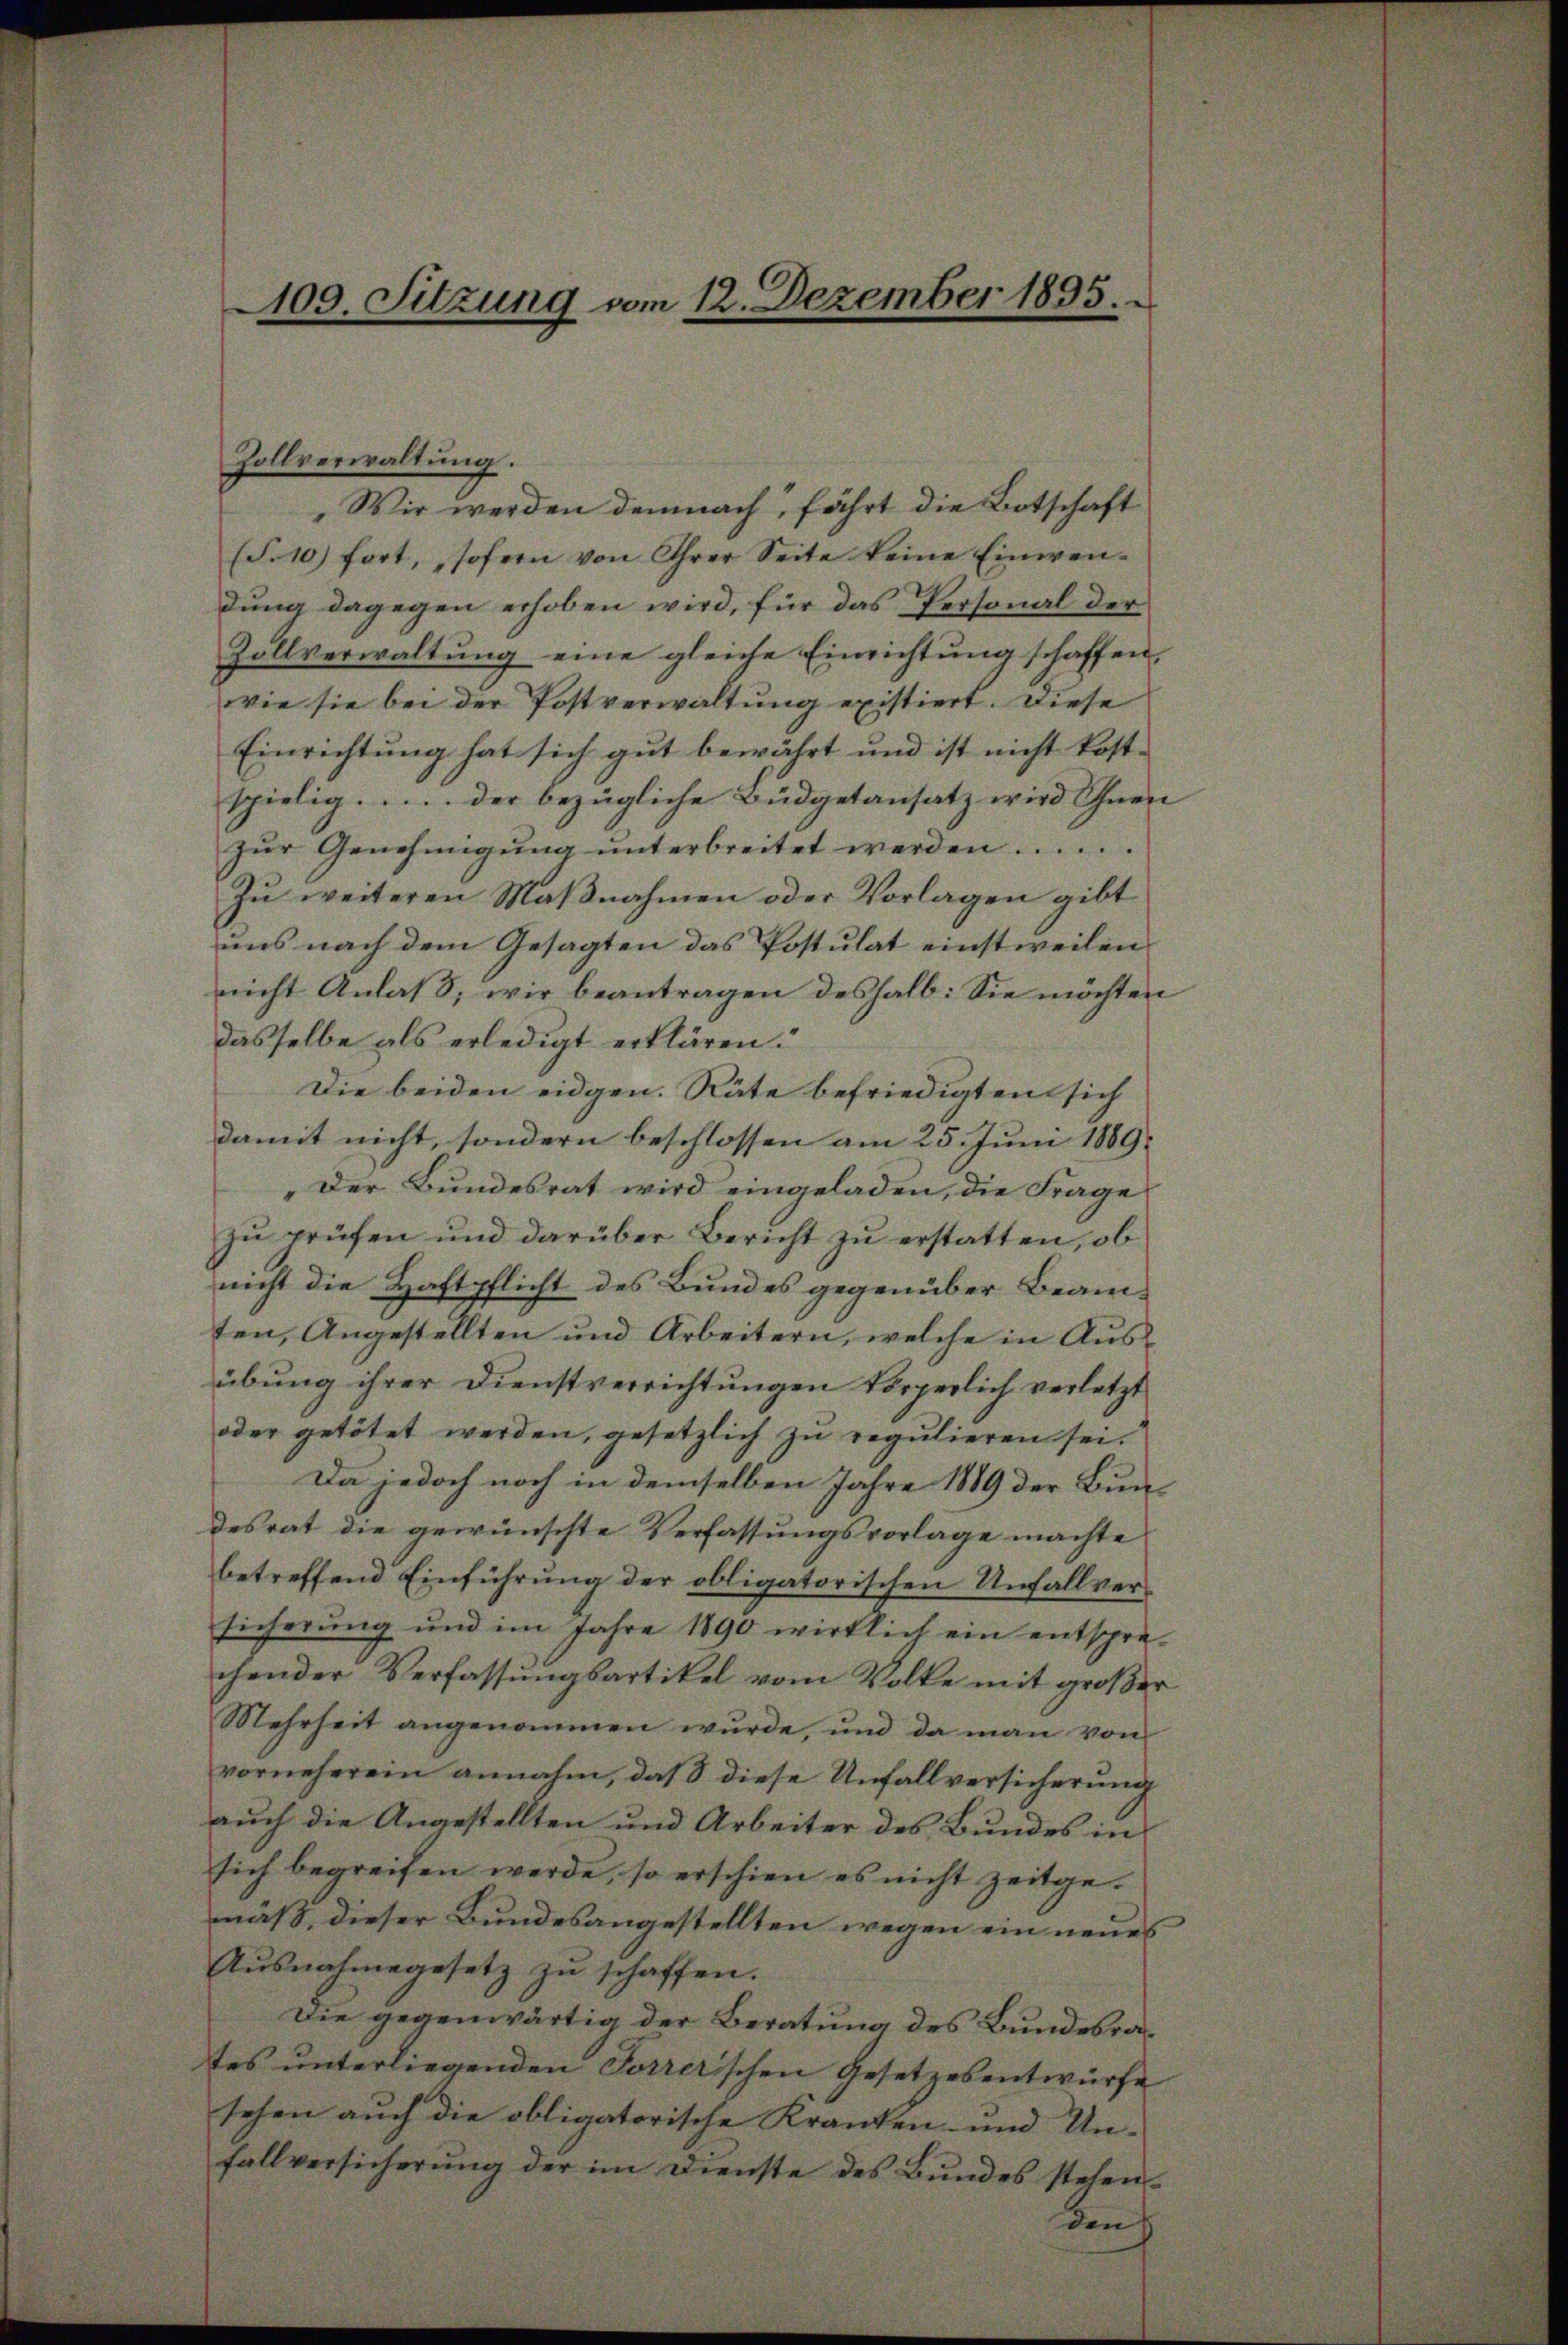
Zollverwaltung.
Wir werden demnach, fährt die Botschaft
(S.10) fort, sofern von Ihrer Seite keine Einwen-
dung dagegen erhoben wird, für das Personal der
Zollverwaltung eine gleiche Einrichtung schaffen,
wie sie bei der Postverwaltung existiert. Diese
Einrichtung hat sich gut bewährt und ist nicht kostspielig.  .... der bezügliche Büdgetansatz wird Ihnen
zŭr Genehmigŭng ŭnterbreitet werden......
Zu weiteren Maβnahmen oder Vorlagen gibt
uns nach dem Gesagten das Postulat einstweilen
nicht Anlaß, wir beantragen deshalb: Sie möchten
dasselbe als erledigt erklären.
Die beiden eidgen. Räte befriedigten sich
damit nicht, sondern beschlossen am 25. Juni 1889.
Der Bundesrat wird eingeladen, die Frage
zu prüfen und darüber Bericht zu erstatten, ob
nicht die Haftpflicht des Bundes gegenüber Beamten, Angestellten und Arbeitern, welche in Ausübung ihrer Dienstverrichtungen körperlich verletzt
oder getötet werden, gesetzlich zu regulieren sei.
Da jedoch noch in demselben Jahre 1889 der Bundesrat die gewünschte Verfassungsvorlage machte
betreffend Einführung der obligatorischen Unfallversicherung und im Jahre 1890 wirklich ein entspre-
chender Verfassungsartikel vom Volke mit großer
Mehrheit angenommen wŭrde, und da man von
vorneherein annahm, daß diese Unfallversicherung
auch die Angestellten und Arbeiter des Bundes in
sich begreifen werde, so erschien es nicht zeitgemäß, dieser Bundesangestellten wegen ein neues
Ausnahmegesetz zu schaffen.
Die gegenwärtig der Beratung des Bundesrates unterliegenden Torrerschen Gesetzesentwürfe
sehen auch die obligatorische Kranken- und Unfallversicherŭng der im Dienste des Bŭndes stehen-
den

109. Sitzung vom 12. Dezember 1895.